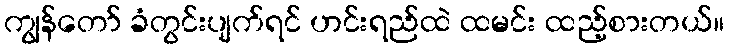
ကျွန်တော် ခံတွင်းပျက်ရင် ဟင်းရည်ထဲ ထမင်း ထည့်စားတယ်။